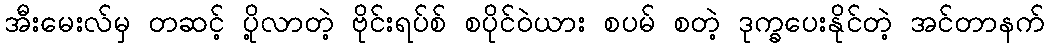
အီးမေးလ်မှ တဆင့် ပို့လာတဲ့ ဗိုင်းရပ်စ် စပိုင်ဝဲယား စပမ် စတဲ့ ဒုက္ခပေးနိုင်တဲ့ အင်တာနက်